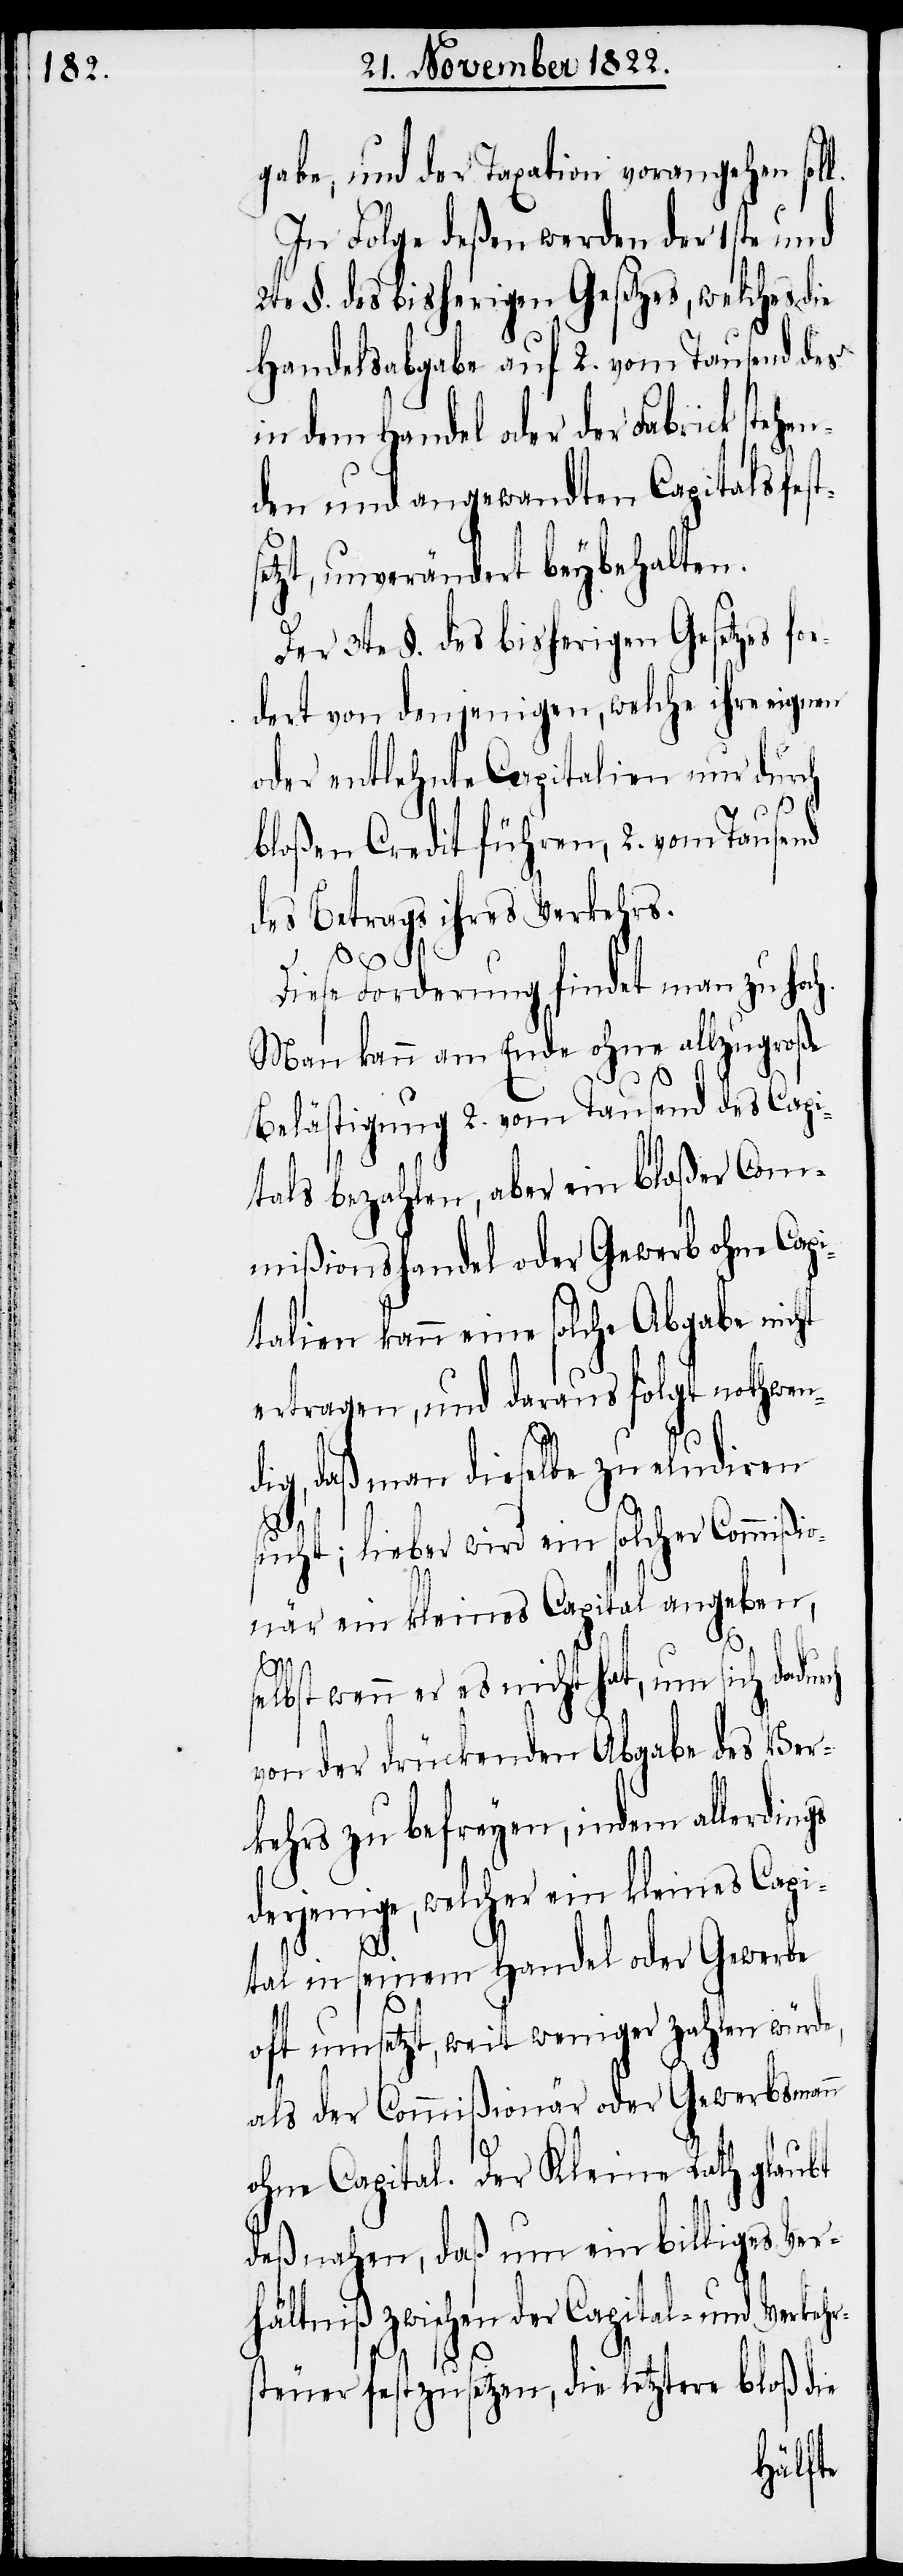
gabe, und der Taxation vorangehen sol¬
In Folge deßen werden der 1ste und
§. des bisherigen Gesetzes, welches
Handelsabgabe auf 2. vom Tausend des
in dem Handel oder der Fabrick stehen¬
den und angewandten Capitals fes¬
etzt, unverändert beybehalten.
Der 3ten §. des bisherigen Gesetzes fo¬
rdert von denjenigen, welche ihre eignen
oder entlehnte Capitalien nur durch
bloßen Credit führen, 2. vom Tausend
des Betrags ihres Verkehrs.
Diese Forderung findet man zu hoch.
Man kann am Ende ohne allzugroße
Belästigung 2. vom Tausend des Capi¬
tals bezahlen, aber ein bloßer Com¬
mißionshandel oder Gewerb ohne Capi¬
talien kann eine solche Abgabe nicht
ertragen, und daraus folgt nothwend¬
ig, daß man dieselbe zu eludiren
r¬
sucht; lieber wird ein solcher Commißio¬
när ein kleines Capital angeben,
e,
selbst wenn er es nicht hat, um sich dadur¬
von der drückenden Abgabe des Ver¬
kehrs zu befreyen, indem allerdings
derjenige, welcher ein kleines Capi¬
tal in seinem Handel oder Gewerbe
oft umsetzt, weit weniger zahlen würd¬
als der Commißionär oder Gewerbsmann
ohne Capital. Der Kleine Rath glaubt
deßnahen, daß um ein billiges Ver¬
hältniß zwischen der Capital- und Verkeh¬
steuer festzusetzen, die letztere bloß die